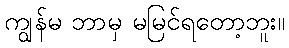
ကျွန်မ ဘာမှ မမြင်ရတော့ဘူး။